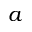
a